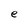
Character: e